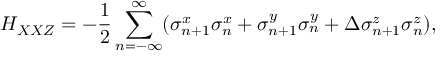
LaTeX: H _ { X X Z } = - \frac { 1 } { 2 } \sum _ { n = - \infty } ^ { \infty } ( \sigma _ { n + 1 } ^ { x } \sigma _ { n } ^ { x } + \sigma _ { n + 1 } ^ { y } \sigma _ { n } ^ { y } + \Delta \sigma _ { n + 1 } ^ { z } \sigma _ { n } ^ { z } ) ,